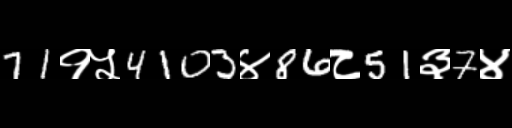
Text: 71१५4103४86८51३7४